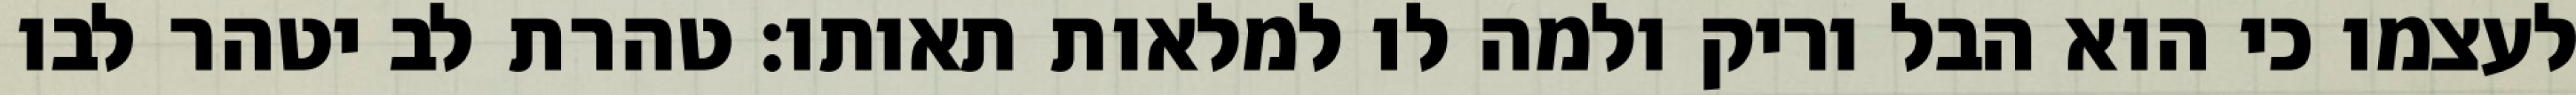
לעצמו כי הוא הבל וריק ולמה לו למלאות תאותו: טהרת לב יטהר לבו